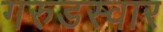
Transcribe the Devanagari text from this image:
गरुडस्वार